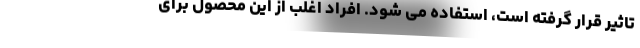
تاثیر قرار گرفته است، استفاده می شود. افراد اغلب از این محصول برای